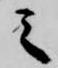
之